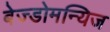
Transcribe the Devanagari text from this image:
बेज्डोमन्यिज